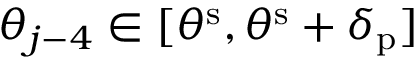
\theta _ { j - 4 } \in [ \theta ^ { \mathrm { s } } , \theta ^ { \mathrm { s } } + \delta _ { \mathrm { p } } ]